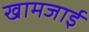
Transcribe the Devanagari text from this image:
खामजाई